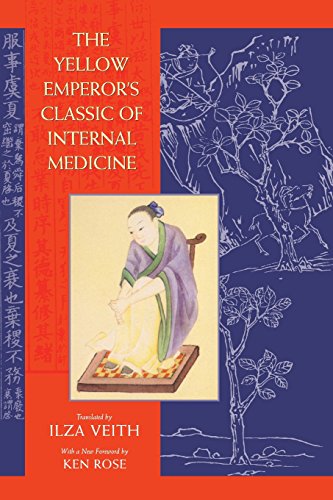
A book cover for The Yellow Emperor's Classic of Internal Medicine; Health, Fitness & Dieting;